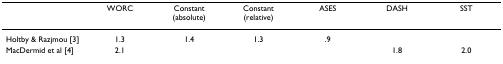
|  | WORC | Constant (absolute) | Constant (relative) | ASES | DASH | SST |
 | --- | --- | --- | --- | --- | --- | --- |
 | Holtby & Razjmou [3] | 1.3 | 1.4 | 1.3 | .9 |  |  |
 | MacDermid et al [4] | 2.1 |  |  |  | 1.8 | 2.0 |